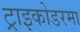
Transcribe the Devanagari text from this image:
ट्राइकोडरमा